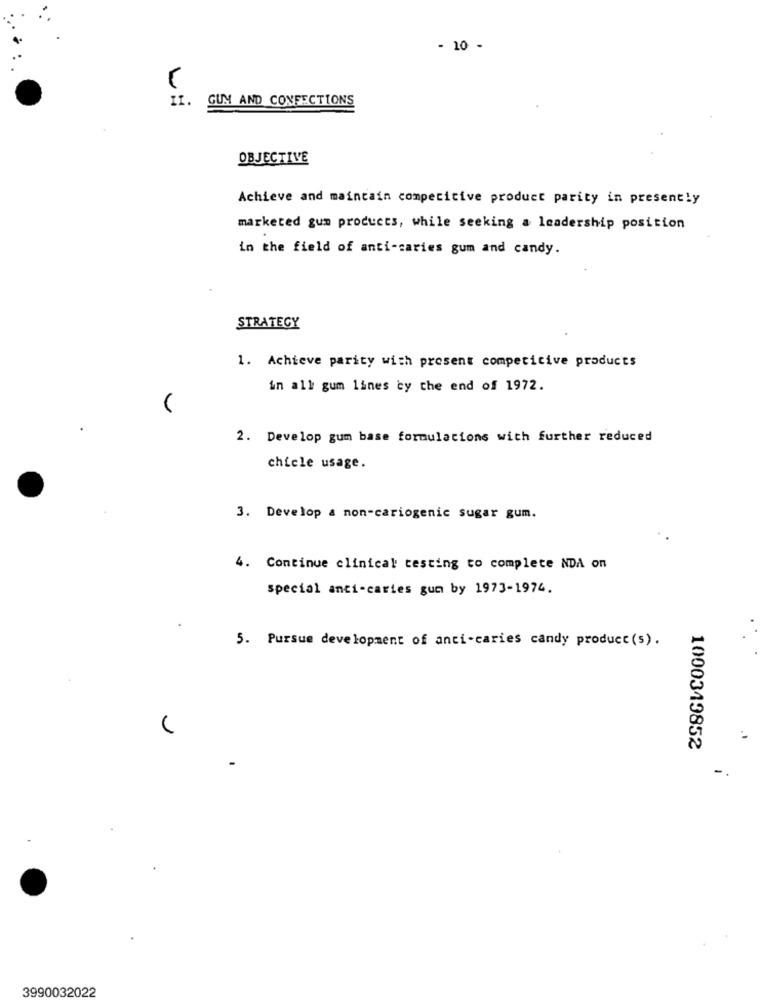
- 10 -
11.
GUM AND CONFECTIONS
OBJECTIVE
Achieve and maintain competitive product parity in present!y
marketed gum products, while seeking a leadership position
in the field of anti-caries gum and candy.
STRATEGY
1. Achieve parity with present competicive products
in all gum lines cy the end of 1972.
2. Develop gum base formulacions with further reduced
chicle usage.
3. Develop a non-cariogenic sugar gum.
4. Continue clinical testing to complete NDA on
special anti-caries gun by 1973-1974.
5. Pursue development of anci-caries candy product (s).
1000349852
-
3990032022